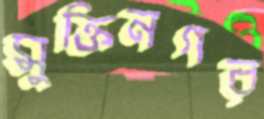
মুক্তিনগর